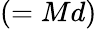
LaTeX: (=Md)